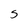
Character: 5